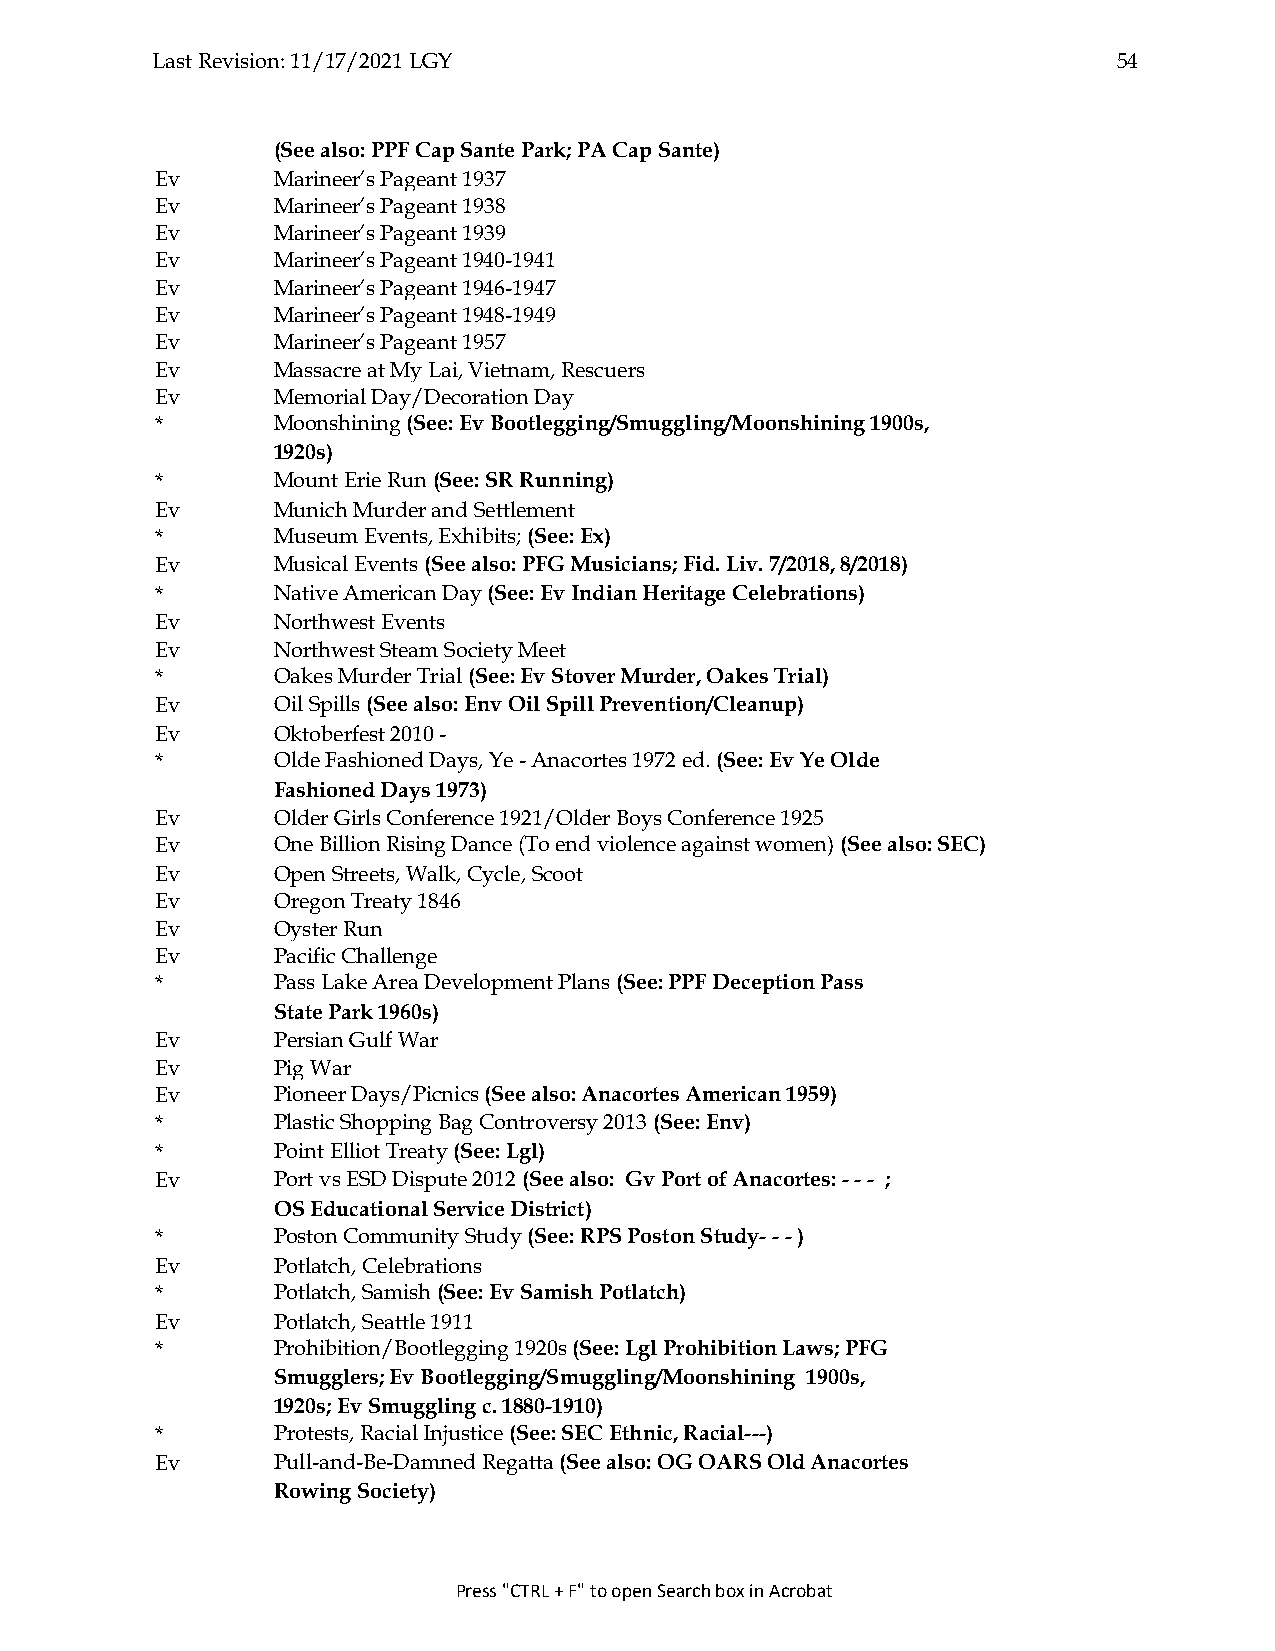
Last Revision: 11/17/2021 LGY                                   54
 (See also: PPF Cap Sante Park; PA Cap Sante)
 Ev      Marineer’s Pageant 1937
 Ev      Marineer’s Pageant 1938
 Ev      Marineer’s Pageant 1939
 Ev      Marineer’s Pageant 1940-1941
 Ev      Marineer’s Pageant 1946-1947
 Ev      Marineer’s Pageant 1948-1949
 Ev      Marineer’s Pageant 1957
 Ev      Massacre at My Lai, Vietnam, Rescuers
 Ev      Memorial Day/Decoration Day
 *       Moonshining (See: Ev Bootlegging/Smuggling/Moonshining 1900s,
 1920s)
 *       Mount Erie Run (See: SR Running)
 Ev      Munich Murder and Settlement
 *       Museum Events, Exhibits; (See: Ex)
 Ev      Musical Events (See also: PFG Musicians; Fid. Liv. 7/2018, 8/2018)
 *       Native American Day (See: Ev Indian Heritage Celebrations)
 Ev      Northwest Events
 Ev      Northwest Steam Society Meet
 *       Oakes Murder Trial (See: Ev Stover Murder, Oakes Trial)
 Ev      Oil Spills (See also: Env Oil Spill Prevention/Cleanup)
 Ev      Oktoberfest 2010 -
 *       Olde Fashioned Days, Ye - Anacortes 1972 ed. (See: Ev Ye Olde
 Fashioned Days 1973)
 Ev      Older Girls Conference 1921/Older Boys Conference 1925
 Ev      One Billion Rising Dance (To end violence against women) (See also: SEC)
 Ev      Open Streets, Walk, Cycle, Scoot
 Ev      Oregon Treaty 1846
 Ev      Oyster Run
 Ev      Pacific Challenge
 *       Pass Lake Area Development Plans (See: PPF Deception Pass
 State Park 1960s)
 Ev      Persian Gulf War
 Ev      Pig War
 Ev      Pioneer Days/Picnics (See also: Anacortes American 1959)
 *       Plastic Shopping Bag Controversy 2013 (See: Env)
 *       Point Elliot Treaty (See: Lgl)
 Ev      Port vs ESD Dispute 2012 (See also: Gv Port of Anacortes: - - - ;
 OS Educational Service District)
 *       Poston Community Study (See: RPS Poston Study- - - )
 Ev      Potlatch, Celebrations
 *       Potlatch, Samish (See: Ev Samish Potlatch)
 Ev      Potlatch, Seattle 1911
 *       Prohibition/Bootlegging 1920s (See: Lgl Prohibition Laws; PFG
 Smugglers; Ev Bootlegging/Smuggling/Moonshining 1900s,
 1920s; Ev Smuggling c. 1880-1910)
 *       Protests, Racial Injustice (See: SEC Ethnic, Racial---)
 Ev      Pull-and-Be-Damned Regatta (See also: OG OARS Old Anacortes
 Rowing Society)
 Press "CTRL + F" to open Search box in Acrobat